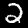
Digit: 2